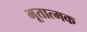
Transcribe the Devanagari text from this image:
भूतात्मक